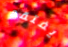
يفتقد